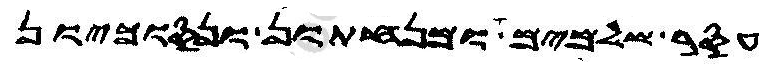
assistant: עסר שלמים ומנחתון ונסוכיון